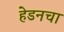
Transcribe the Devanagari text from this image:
हेडनचा